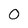
Character: 0